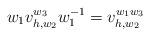
LaTeX: \begin{align*}w_1v_{h,w_2}^{w_3}w_1^{-1}=v_{h,w_2}^{w_1w_3}\end{align*}